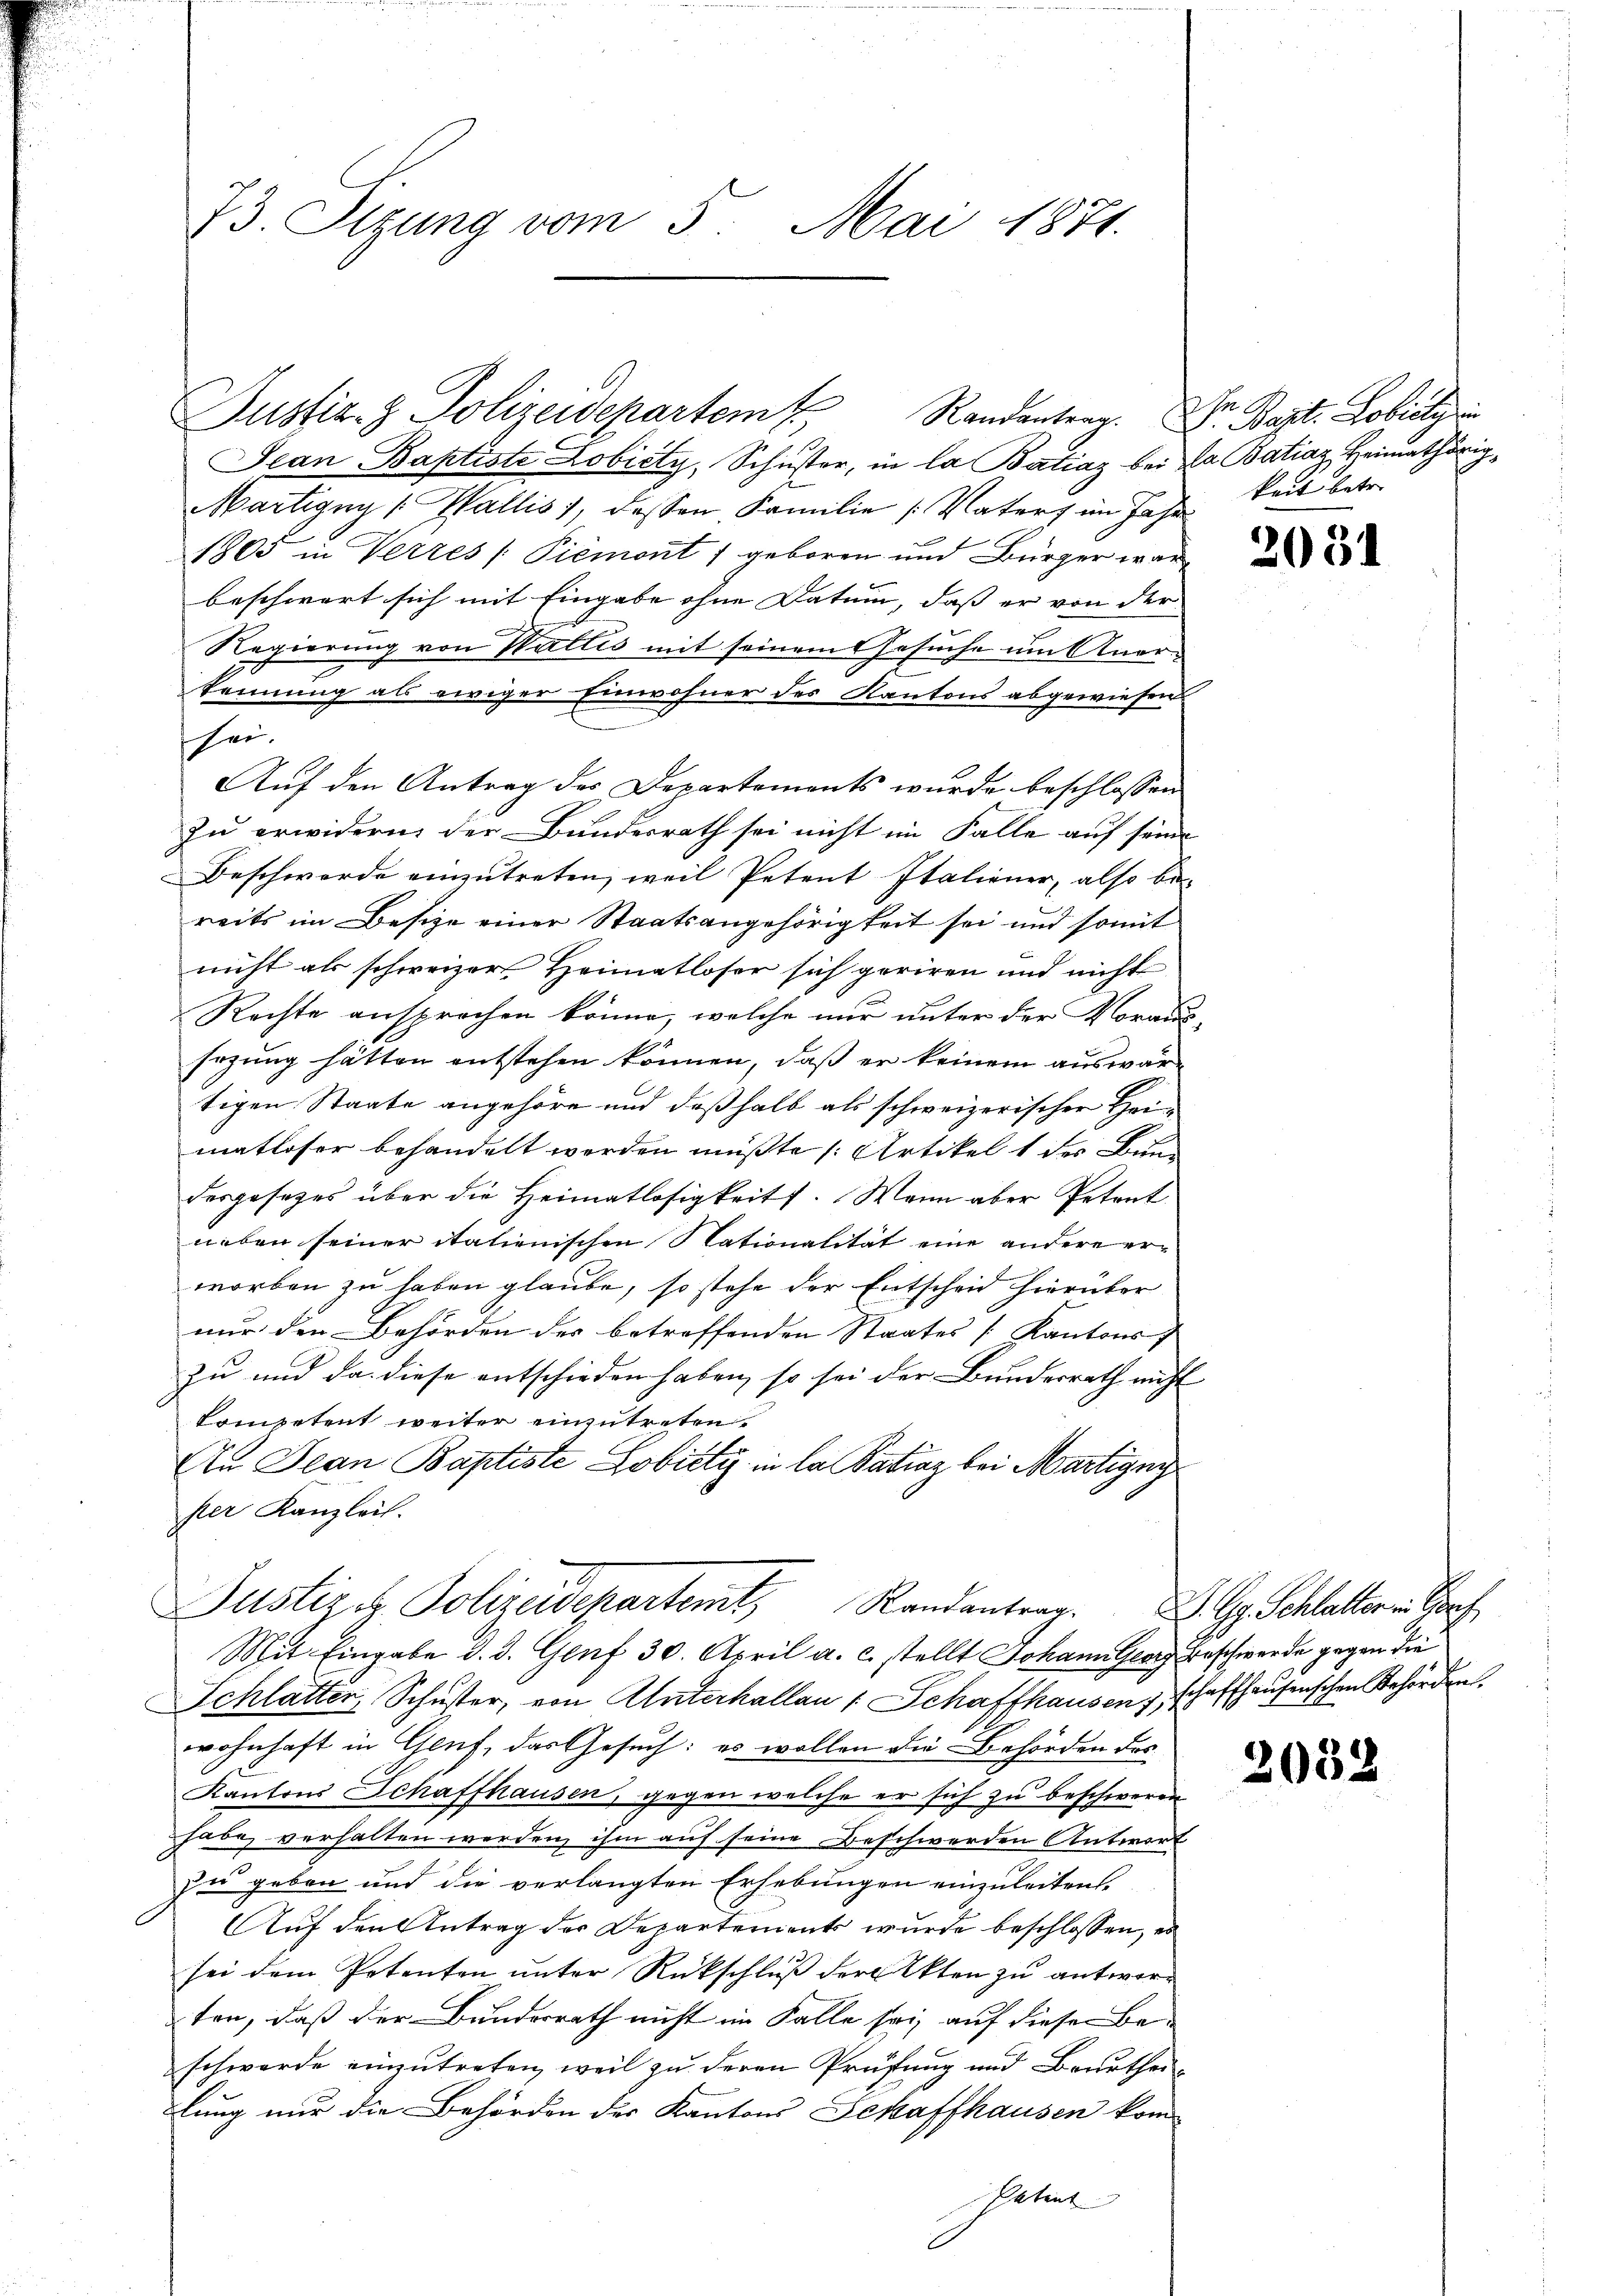
73. Otzung vom 5. Mai 1871.

Justiz- & Polizeidepartem Randanten. Dr. Bapt. Lobieli in

Jean Baptiste Lobiéty, Schuster, in la Batiaz bei La Batiaz, Heimathörig¬
Martigny (Wallis), dessen Familie (Vaters im Jahre
1805 in Verzes /: Piemont) geboren und Bürger war
beschwart sich mit Eingabe ohne Datum, daß er von der
Regierung von Wallis mit seinem Gesuche um Anerkennung als ewiger Einwohner des Kantons abgewiesen
sei.
Auf den Antrag des Departements wurde beschlossen
zu erwidern, der Bundesrath sei nicht im Falle auf seine
Beschwerde einzutreten, weil Petent Italiener, also be-
reits im Besize einer Staatsangehörigkeit sei und somit
nicht als schweizer Heimatloser sich geriren und nicht
Rechte ansprochen könne, welche nur unter der Voraus¬
Erzung hätten entstehen können, daß er keinem auswärtigen Staate angehöre und deßhalb als schweizerischer Heimatloser behandelt werden müßte (Artikel 1 der Bun
desgesetzes über die Heimatlosigkeit. Wenn aber Petent
neben seiner itationischen Nationalität eine andere erworben zu haben glaube, so stehe der Entscheid hierüber
nur den Behörden des betreffenden Staates [Kantons
zu und da diese entschieden haben, so sei der Bundesrath nicht
Competent weiter einzutreten.
An Jean Baptiste Lobicti in la Satiaz bei Martigny
ster Kanzlei.
Justiz - Polizeidepartemt, Randantrag. Gg Schlatter in Beh
Mit Eingabe d. d. Genf 30. April a. c. stellt Johann Georg Beschwerde gegen die
Schlatter, Schŭster, von Unterhallau / Schaffhausen, schaffhausenschen Behörden.
wohnhaft in Genf, das Gesuch: es wollen die Behörden des
Kantons Schaffhausen, gegen welche er sich zu beschweren
habe verhalten werden, ihm auf seine Beschwerden Antwort
zu geben und die verlangten Erhebungen einzuleiten.
Auf den Antrag der Departements wurde beschlossen, es
sei dem Petenten unter Rückschluß der Akten zu antworten, daß der Bunderrath nicht im Falle sei, auf dieser Be-
schwerde einzutreten, weil zu deren Prüfung und Beurtheilung nur die Behörden der Kantons Schaffhausen kom-
Patent

keit betr.

203)

2032